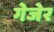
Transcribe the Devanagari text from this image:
गेजेर